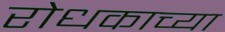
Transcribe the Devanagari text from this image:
रोधकाच्या